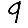
Digit: 9